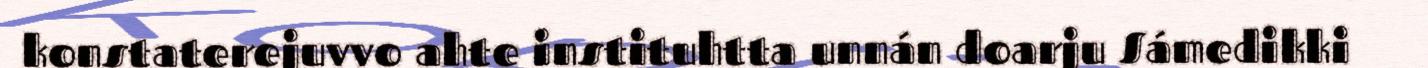
konstaterejuvvo ahte instituhtta unnán doarju Sámedikki